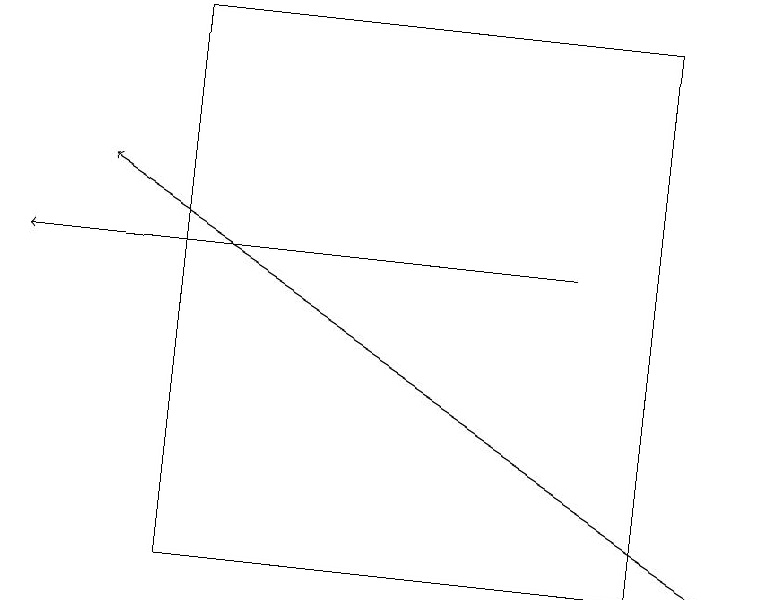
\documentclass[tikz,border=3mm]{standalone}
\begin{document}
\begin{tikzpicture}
\draw[->] (7,15) -- (0,15);
\draw (2,11) rectangle (8,18);
\draw[->] (9,11) -- (1,16);
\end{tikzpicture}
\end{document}